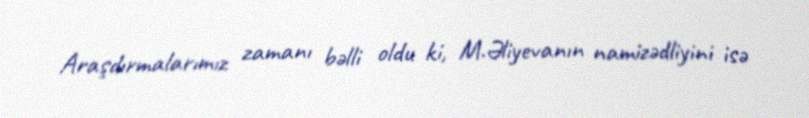
Araşdırmalarımız zamanı bəlli oldu ki, M.Əliyevanın namizədliyini isə